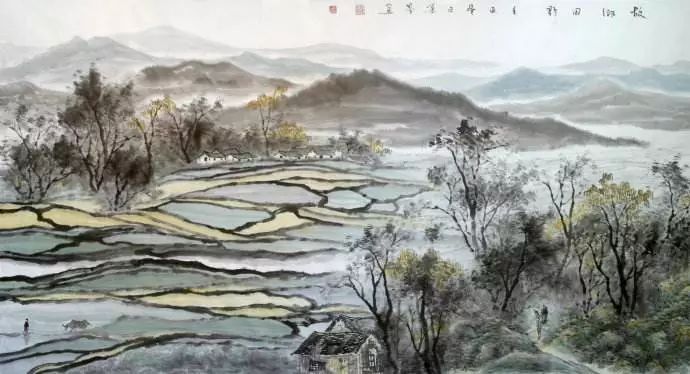
十里西畴熟稻香，槿花篱落竹丝长，垂垂山果挂青黄。